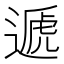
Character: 遞